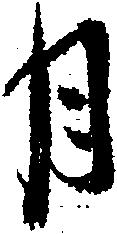
月